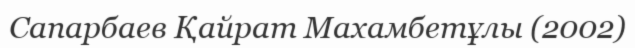
Сапарбаев Қайрат Махамбетұлы (2002)